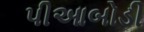
પીઆબોડી